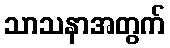
သာသနာအတွက်